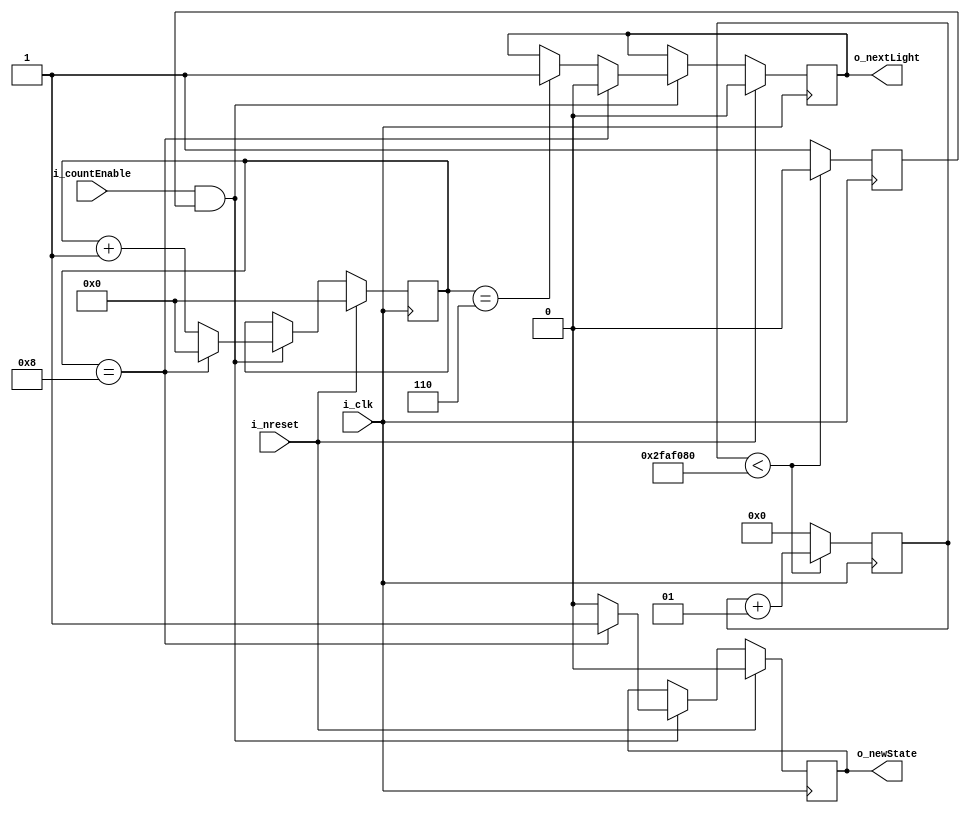
`timescale 1us / 1ns
//////////////////////////////////////////////////////////////////////////////////
// Company: 
// Engineer: 
// 
// Design Name: 
// Module Name:    TimerController 
// Project Name: 
// Target Devices: 
// Tool versions: 
// Description: 
//
// Dependencies: 
//
// Revision: 
// Revision 0.01 - File Created
// Additional Comments: 
//
//////////////////////////////////////////////////////////////////////////////////
module TimerController(
   input i_clk,
	input i_nreset,
   input i_countEnable,
   output reg o_newState,
	output reg o_nextLight
   );
	
	//Registers
	//reg o_newState;
	//Internals
	parameter GOYELLOW = 4'b0110;
	parameter GORED =GOYELLOW + 4'b0010;
	reg [3:0] lightCounter = 4'b0000;
	reg downSampler =1'b0;
	integer downSamplercounter = 0;
	
	always@(posedge i_clk) begin : Downsampler
		if(downSamplercounter < 50000000) begin
			downSampler <= 1'b0;
			downSamplercounter <= downSamplercounter +1;
		end else begin
			downSampler <=1'b1;
			downSamplercounter <= 0;
		end
	end
	 
	always@(posedge i_clk) begin :Counter_logic
		if(i_nreset ==1) begin
			lightCounter <= 4'b0000;
			o_newState <= 1'b0;
			o_nextLight <= 1'b0;
		end else if(i_countEnable && downSampler)begin
			o_newState <= 1'b0;
			lightCounter <= lightCounter +1;
			if(lightCounter==GOYELLOW) begin
				o_nextLight <=1'b1;
			end
			if(lightCounter==GORED) begin
				o_nextLight <=1'b0;
				o_newState <=1'b1;
				lightCounter<= 4'b0000;
			end
		
		end
	end
	 


endmodule